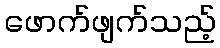
ဖောက်ဖျက်သည့်